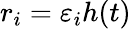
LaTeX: r_{i}=\varepsilon_{i}h(t)